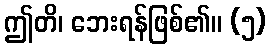
ဤတိ၊ ဘေးရန်ဖြစ်၏။ (၅)